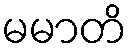
မမာတိ